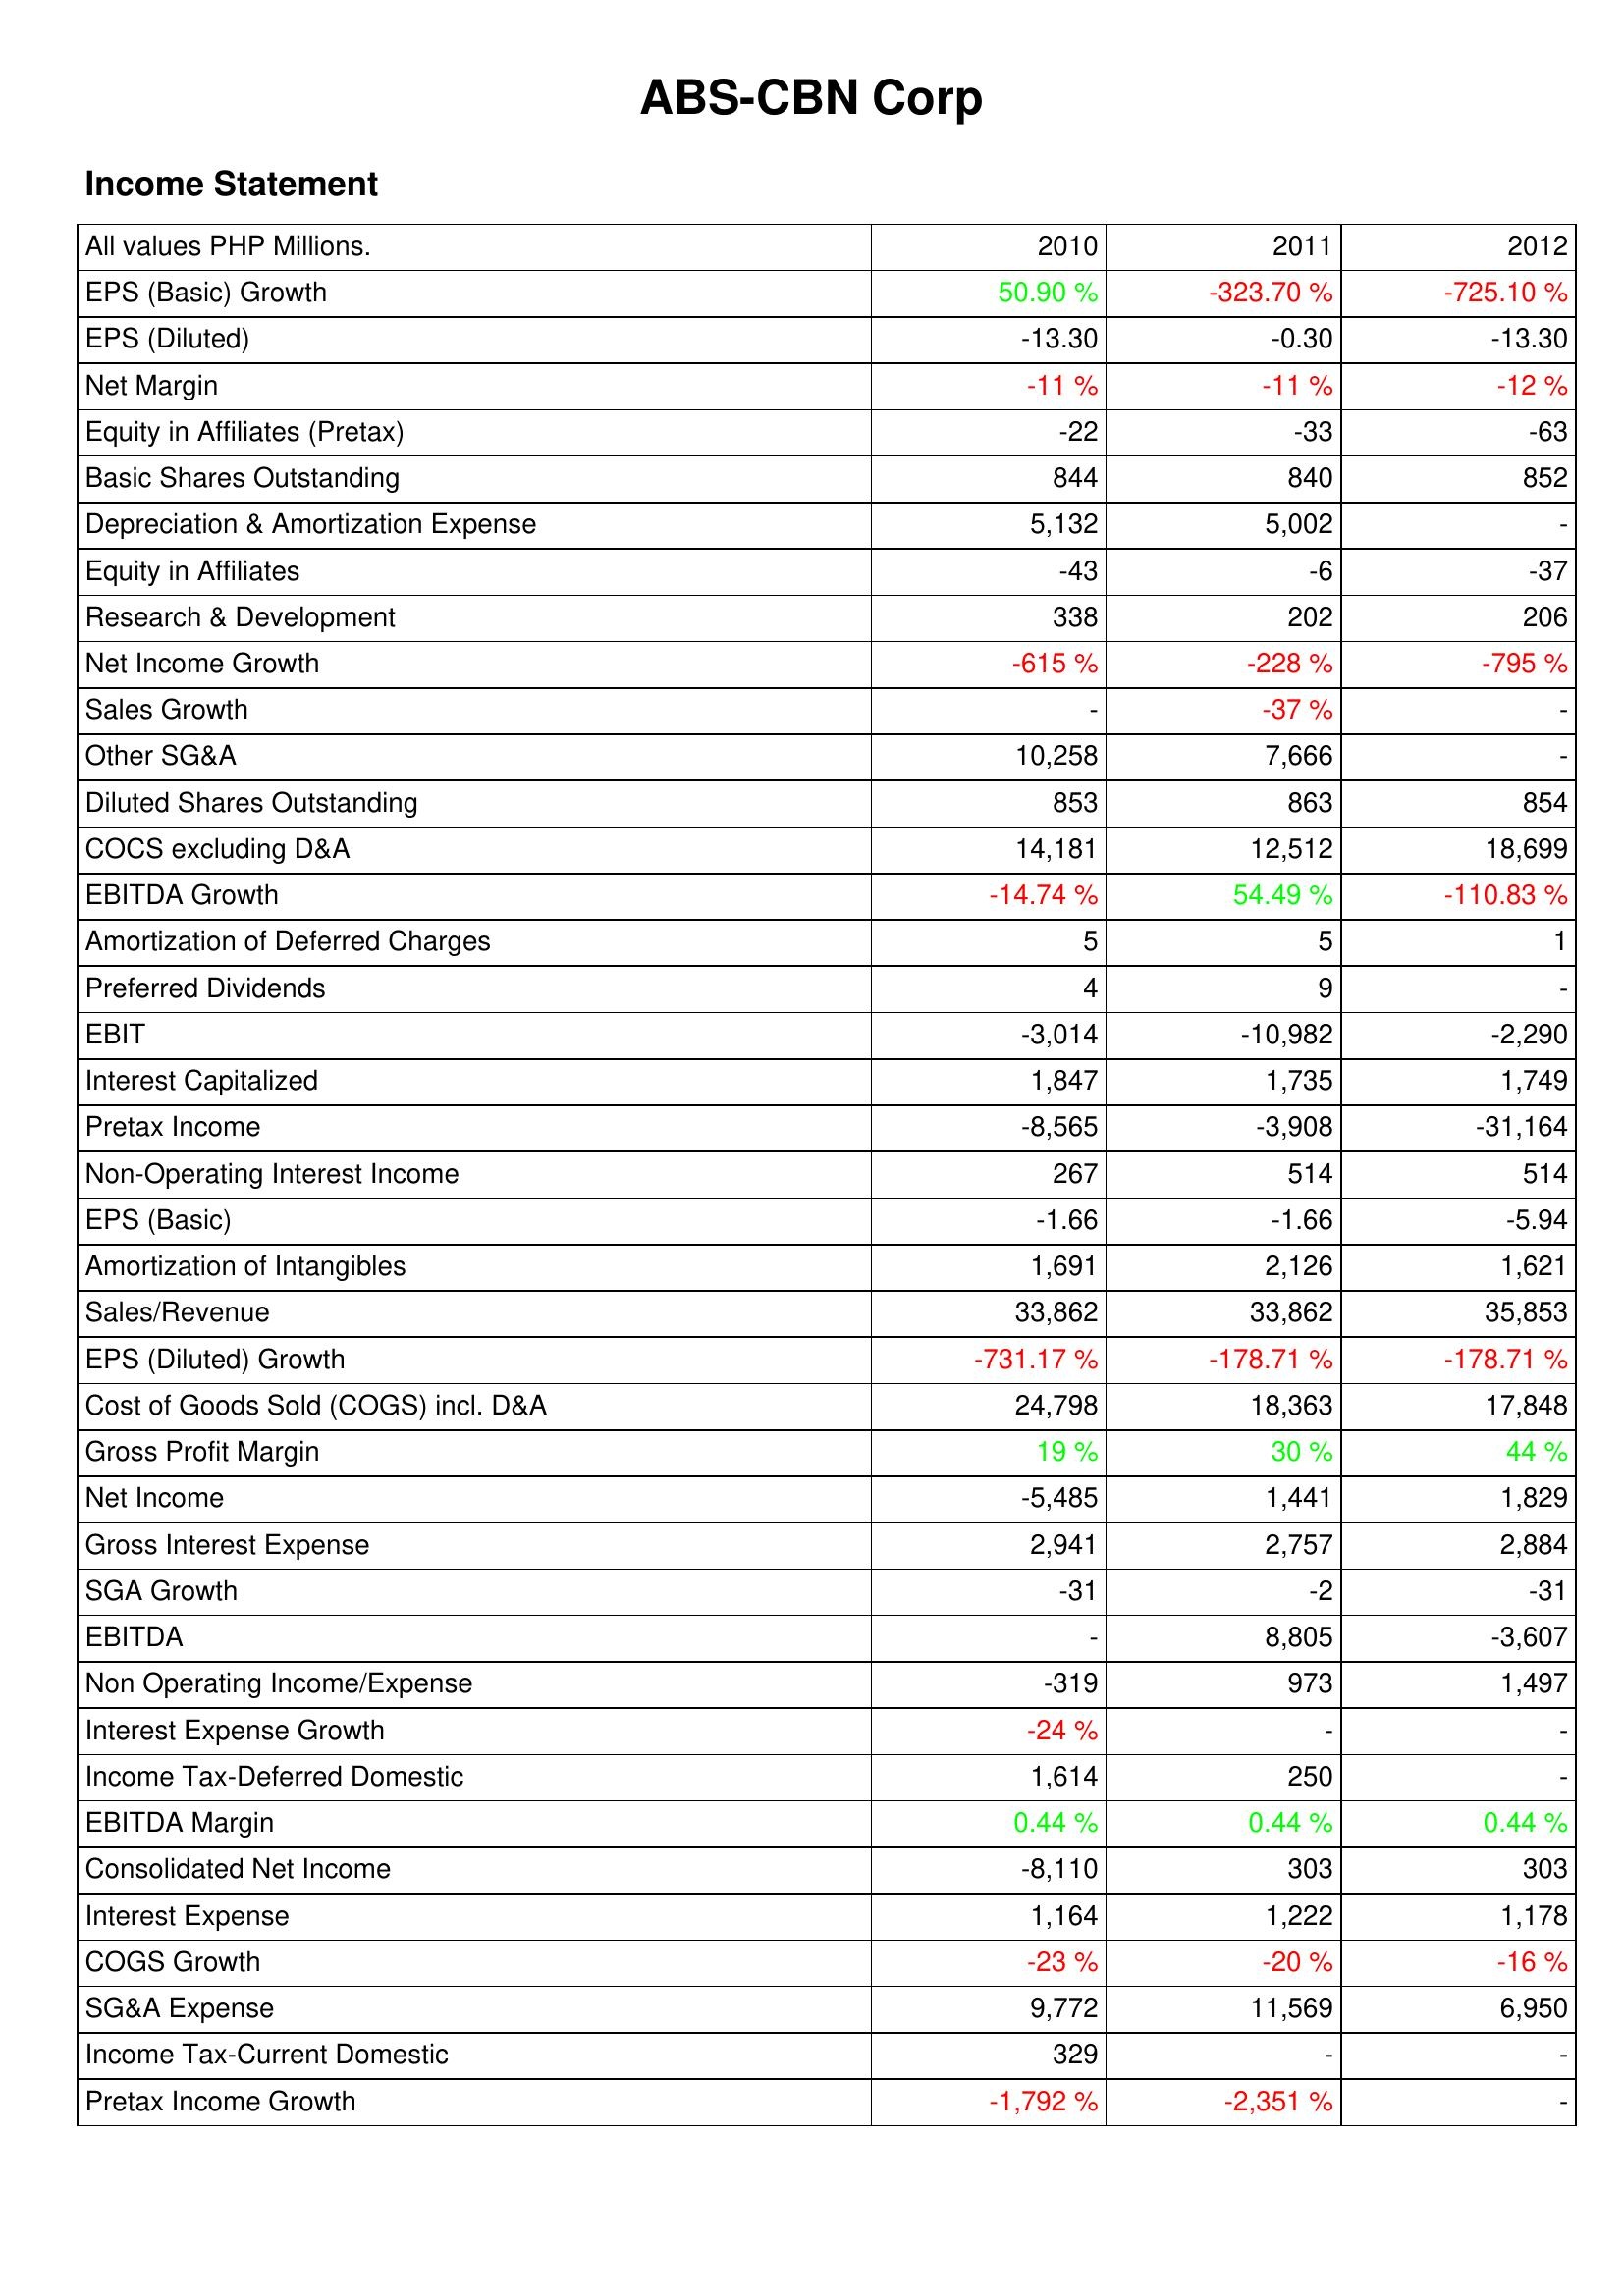
2010: Income Statement: EPS (Basic) Growth: 50.90 %
EPS (Diluted): -13.30
Net Margin: -11 %
Equity in Affiliates (Pretax): -22
Basic Shares Outstanding: 844
Depreciation & Amortization Expense: 5,132
Equity in Affiliates: -43
Research & Development: 338
Net Income Growth: -615 %
Sales Growth: -
Other SG&A: 10,258
Diluted Shares Outstanding: 853
COCS excluding D&A: 14,181
EBITDA Growth: -14.74 %
Amortization of Deferred Charges: 5
Preferred Dividends: 4
EBIT: -3,014
Interest Capitalized: 1,847
Pretax Income: -8,565
Non-Operating Interest Income: 267
EPS (Basic): -1.66
Amortization of Intangibles: 1,691
Sales/Revenue: 33,862
EPS (Diluted) Growth: -731.17 %
Cost of Goods Sold (COGS) incl. D&A: 24,798
Gross Profit Margin: 19 %
Net Income: -5,485
Gross Interest Expense: 2,941
SGA Growth: -31
EBITDA: -
Non Operating Income/Expense: -319
Interest Expense Growth: -24 %
Income Tax-Deferred Domestic: 1,614
EBITDA Margin: 0.44 %
Consolidated Net Income: -8,110
Interest Expense: 1,164
COGS Growth: -23 %
SG&A Expense: 9,772
Income Tax-Current Domestic: 329
Pretax Income Growth: -1,792 %
2011: Income Statement: EPS (Basic) Growth: -323.70 %
EPS (Diluted): -0.30
Net Margin: -11 %
Equity in Affiliates (Pretax): -33
Basic Shares Outstanding: 840
Depreciation & Amortization Expense: 5,002
Equity in Affiliates: -6
Research & Development: 202
Net Income Growth: -228 %
Sales Growth: -37 %
Other SG&A: 7,666
Diluted Shares Outstanding: 863
COCS excluding D&A: 12,512
EBITDA Growth: 54.49 %
Amortization of Deferred Charges: 5
Preferred Dividends: 9
EBIT: -10,982
Interest Capitalized: 1,735
Pretax Income: -3,908
Non-Operating Interest Income: 514
EPS (Basic): -1.66
Amortization of Intangibles: 2,126
Sales/Revenue: 33,862
EPS (Diluted) Growth: -178.71 %
Cost of Goods Sold (COGS) incl. D&A: 18,363
Gross Profit Margin: 30 %
Net Income: 1,441
Gross Interest Expense: 2,757
SGA Growth: -2
EBITDA: 8,805
Non Operating Income/Expense: 973
Interest Expense Growth: -
Income Tax-Deferred Domestic: 250
EBITDA Margin: 0.44 %
Consolidated Net Income: 303
Interest Expense: 1,222
COGS Growth: -20 %
SG&A Expense: 11,569
Income Tax-Current Domestic: -
Pretax Income Growth: -2,351 %
2012: Income Statement: EPS (Basic) Growth: -725.10 %
EPS (Diluted): -13.30
Net Margin: -12 %
Equity in Affiliates (Pretax): -63
Basic Shares Outstanding: 852
Depreciation & Amortization Expense: -
Equity in Affiliates: -37
Research & Development: 206
Net Income Growth: -795 %
Sales Growth: -
Other SG&A: -
Diluted Shares Outstanding: 854
COCS excluding D&A: 18,699
EBITDA Growth: -110.83 %
Amortization of Deferred Charges: 1
Preferred Dividends: -
EBIT: -2,290
Interest Capitalized: 1,749
Pretax Income: -31,164
Non-Operating Interest Income: 514
EPS (Basic): -5.94
Amortization of Intangibles: 1,621
Sales/Revenue: 35,853
EPS (Diluted) Growth: -178.71 %
Cost of Goods Sold (COGS) incl. D&A: 17,848
Gross Profit Margin: 44 %
Net Income: 1,829
Gross Interest Expense: 2,884
SGA Growth: -31
EBITDA: -3,607
Non Operating Income/Expense: 1,497
Interest Expense Growth: -
Income Tax-Deferred Domestic: -
EBITDA Margin: 0.44 %
Consolidated Net Income: 303
Interest Expense: 1,178
COGS Growth: -16 %
SG&A Expense: 6,950
Income Tax-Current Domestic: -
Pretax Income Growth: -